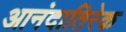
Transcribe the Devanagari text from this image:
आनंदातिरेक